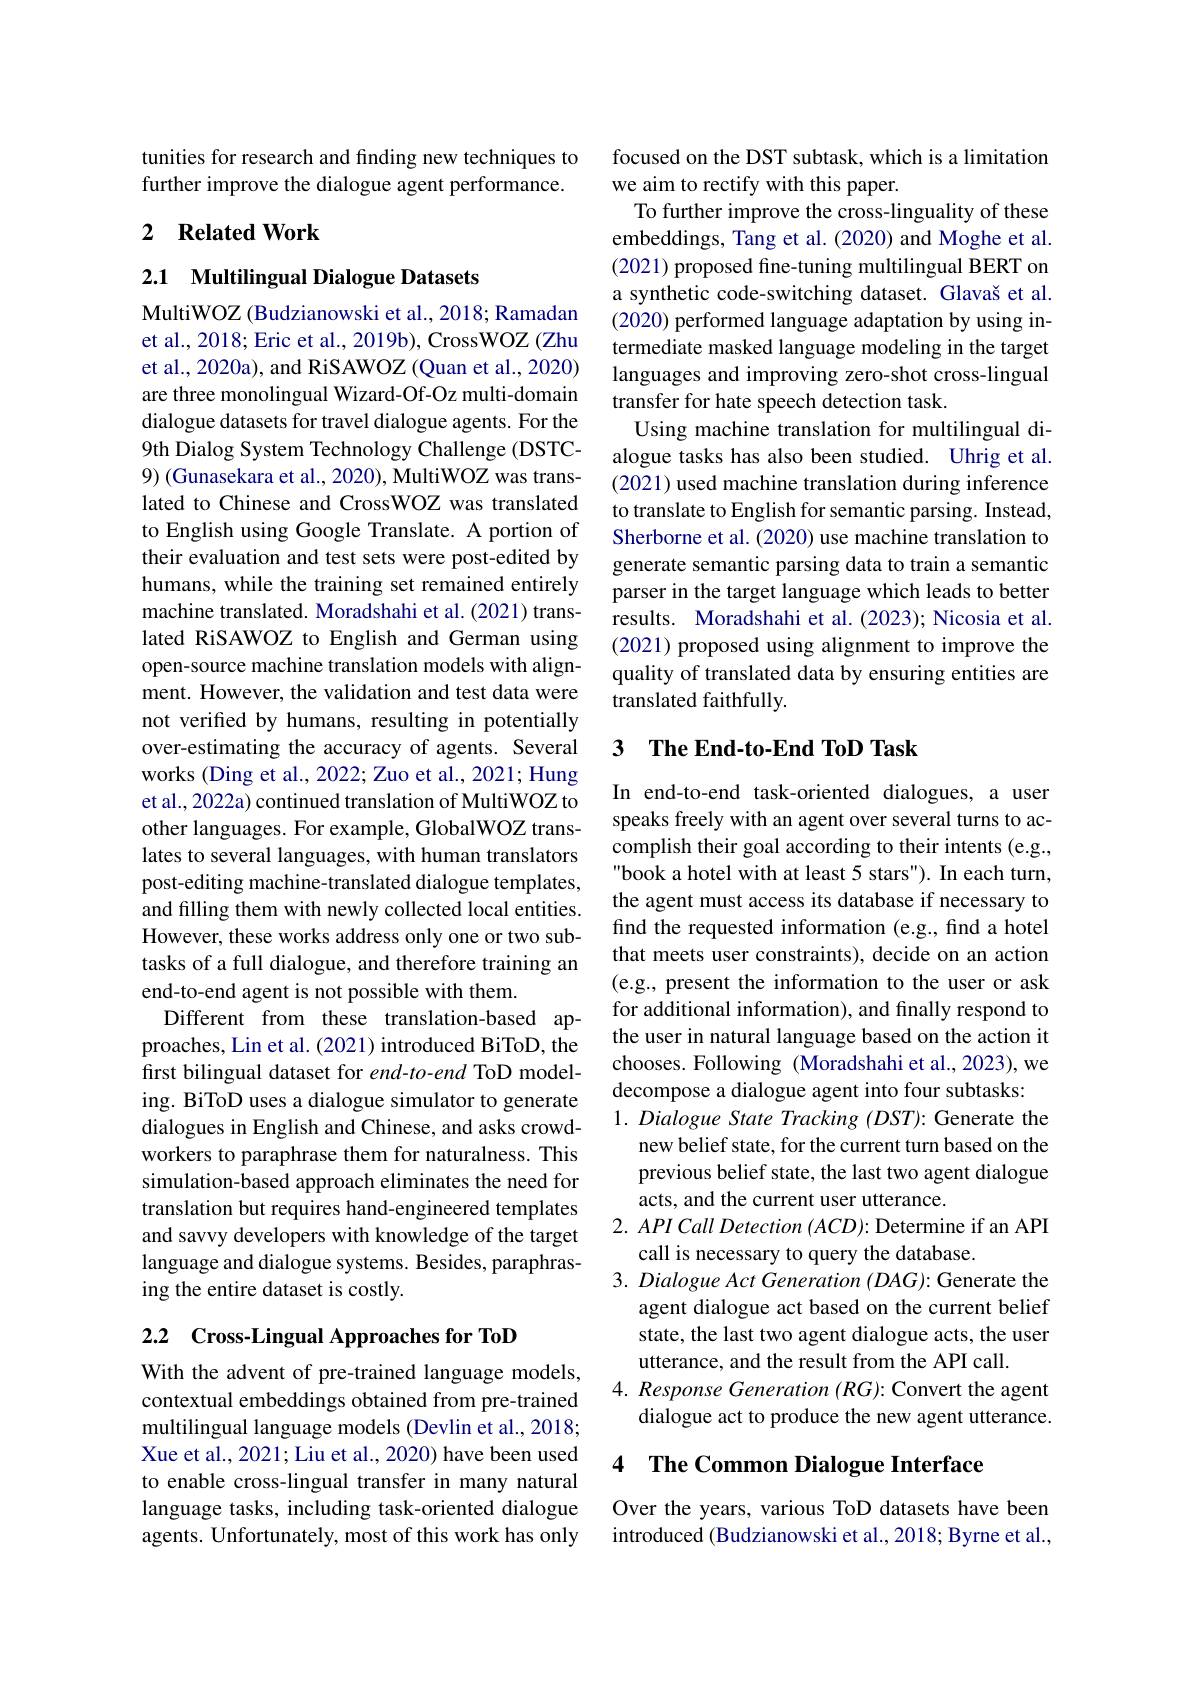
tunities for research and finding new techniques to further improve the dialogue agent performance.

## 2 Related Work

## 2.1 Multilingual Dialogue Datasets

MultiWOZ (Budzianowski et al., 2018; Ramadan et al., 2018; Eric et al., 2019b), CrossWOZ (Zhu et al., 2020a), and RiSAWOZ (Quan et al., 2020) are three monolingual Wizard-Of-Oz multi-domain dialogue datasets for travel dialogue agents. For the 9th Dialog System Technology Challenge (DSTC- 9) (Gunasekara et al., 2020), MultiWOZ was translated to Chinese and CrossWOZ was translated to English using Google Translate. A portion of their evaluation and test sets were post-edited by humans, while the training set remained entirely machine translated. Moradshahi et al. (2021) translated RiSAWOZ to English and German using open-source machine translation models with alignment. However, the validation and test data were not verified by humans, resulting in potentially over-estimating the accuracy of agents. Several works (Ding et al., 2022; Zuo et al., 2021; Hung et al., 2022a) continued translation of MultiWOZ to other languages. For example, GlobalWOZ translates to several languages, with human translators post-editing machine-translated dialogue templates, and filling them with newly collected local entities. However, these works address only one or two subtasks of a full dialogue, and therefore training an end-to-end agent is not possible with them.
Different from these translation-based approaches, Lin et al. (2021) introduced BiToD, the first bilingual dataset for end-to-end ToD modeling. BiToD uses a dialogue simulator to generate dialogues in English and Chinese, and asks crowdworkers to paraphrase them for naturalness. This simulation-based approach eliminates the need for translation but requires hand-engineered templates and savvy developers with knowledge of the target language and dialogue systems. Besides, paraphrasing the entire dataset is costly.

## 2.2 Cross-Lingual Approaches for ToD

With the advent of pre-trained language models, contextual embeddings obtained from pre-trained multilingual language models (Devlin et al., 2018; Xue et al., 2021; Liu et al., 2020) have been used to enable cross-lingual transfer in many natural language tasks, including task-oriented dialogue agents. Unfortunately, most of this work has only

focused on the DST subtask, which is a limitation
we aim to rectify with this paper.
To further improve the cross-linguality of these embeddings, Tang et al.(2020) and Moghe et al. (2021) proposed fine-tuning multilingual BERT on a synthetic code-switching dataset. Glavaš et al. (2020) performed language adaptation by using intermediate masked language modeling in the target languages and improving zero-shot cross-lingual transfer for hate speech detection task.
Using machine translation for multilingual dialogue tasks has also been studied. Uhrig et al. (2021) used machine translation during inference to translate to English for semantic parsing. Instead, Sherborne et al. (2020) use machine translation to generate semantic parsing data to train a semantic parser in the target language which leads to better results. Moradshahi et al. (2023); Nicosia et al. (2021) proposed using alignment to improve the quality of translated data by ensuring entities are translated faithfully

### 3 $\textbf{The End- to- End ToD Task}$

In end-to-end task-oriented dialogues, a user speaks freely with an agent over several turns to accomplish their goal according to their intents (e.g., "book a hotel with at least 5 stars"). In each turn, the agent must access its database if necessary to find the requested information (e.g., find a hotel that meets user constraints), decide on an action (e.g., present the information to the user or ask for additional information), and finally respond to the user in natural language based on the action it chooses. Following (Moradshahi et al., 2023), we decompose a dialogue agent into four subtasks:
1. Dialogue State Tracking (DST): Generate the
new belief state, for the current turn based on the previous belief state, the last two agent dialogue acts, and the current user utterance.
$2. API\textit{ Call Detection ( ACD) : Determine if an API}$
call is necessary to query the database.
3. Dialogue Act Generation (DAG): Generate the
agent dialogue act based on the current belief state, the last two agent dialogue acts, the user utterance, and the result from the API call.
4. Response Generation (RG): Convert the agent
dialogue act to produce the new agent utterance.

## 4 The Common Dialogue Interface

Over the years, various ToD datasets have been introduced (Budzianowski et al., 2018; Byrne et al.,